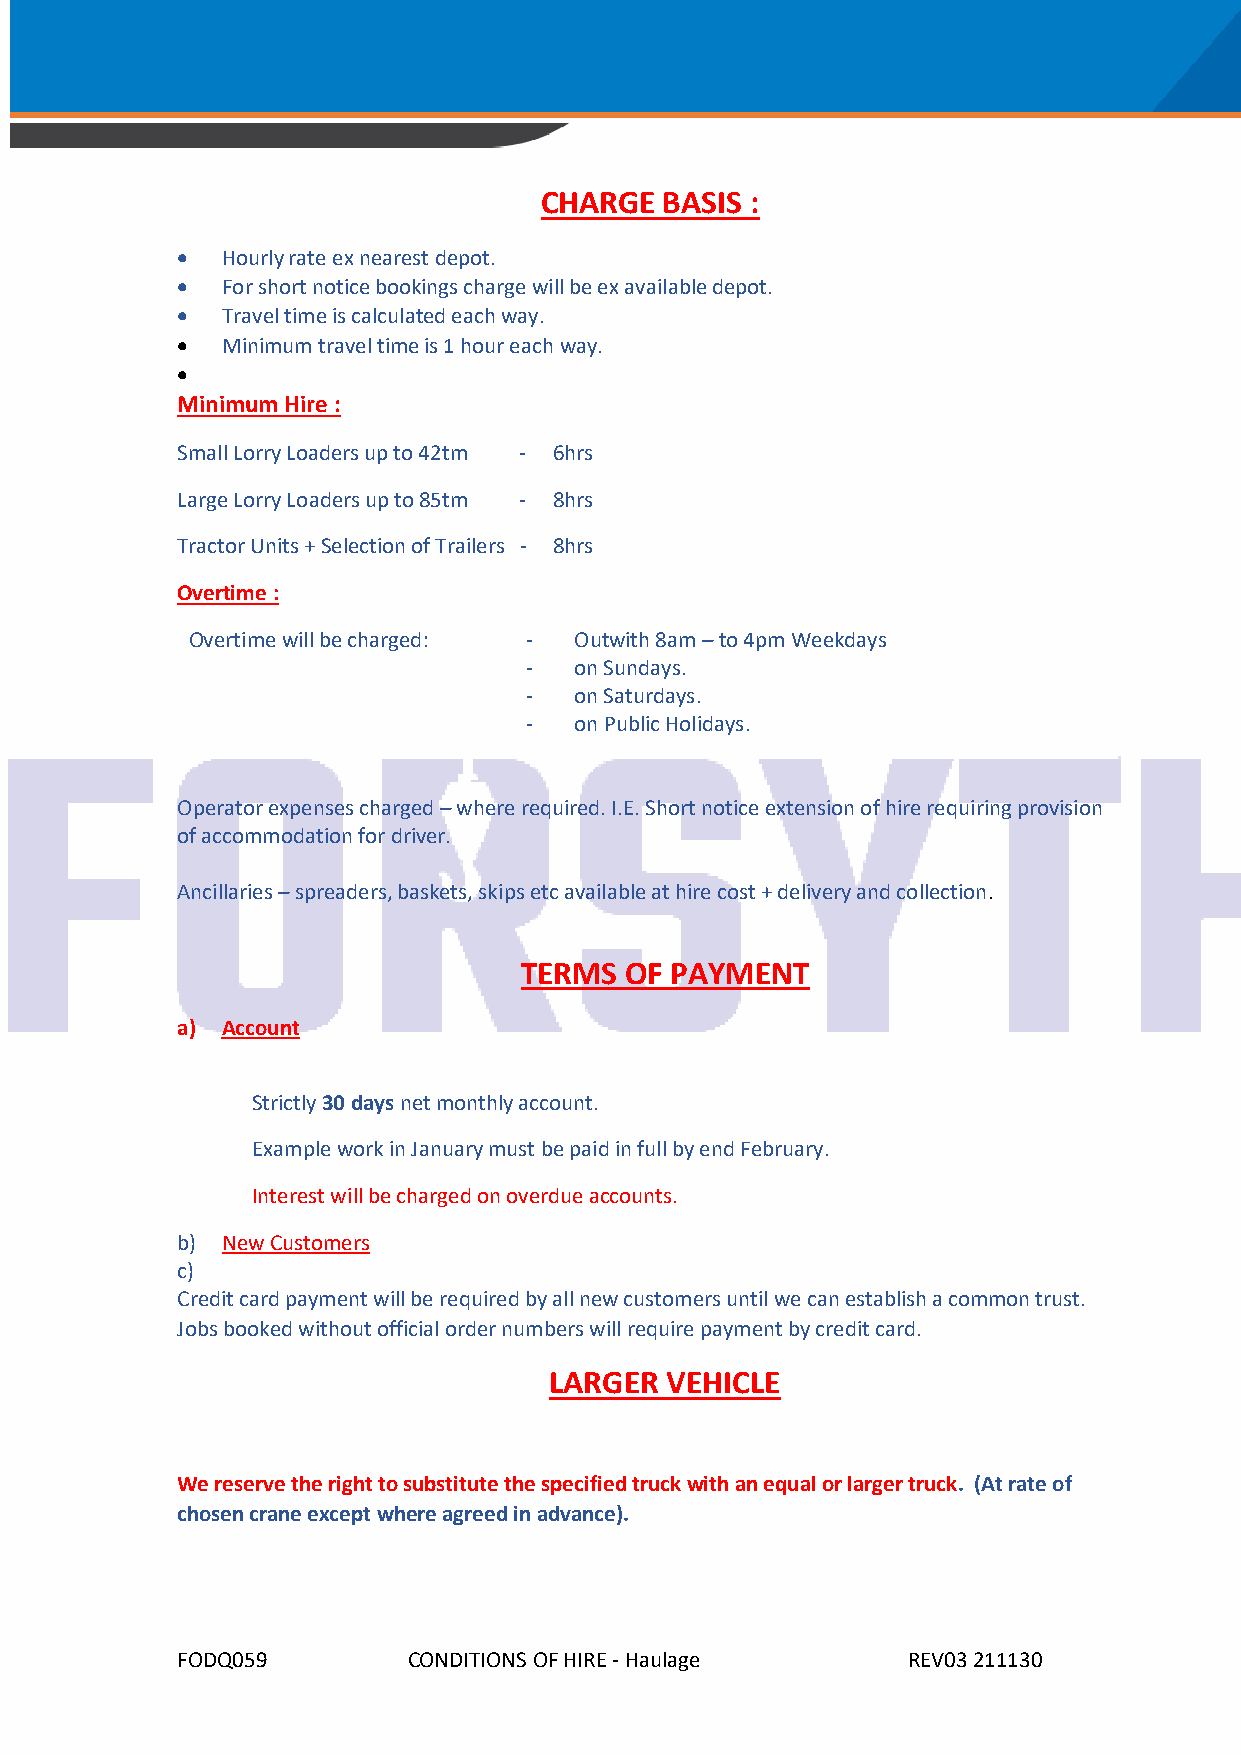
CHARGE  BASIS :
 •  Hourly rate ex nearest depot.
 •  For short notice bookings charge will be ex available depot.
 •  Travel time is calculated each way.
 •  Minimum travel time is 1 hour each way.
 •
 Minimum Hire :
 Small Lorry Loaders up to 42tm - 6hrs
 Large Lorry Loaders up to 85tm - 8hrs
 Tractor Units + Selection of Trailers - 8hrs
 Overtime :
 Overtime will be charged: - Outwith 8am – to 4pm Weekdays
 -  on Sundays.
 -  on Saturdays.
 -  on Public Holidays.
 Operator expenses charged – where required. I.E. Short notice extension of hire requiring provision
 of accommodation for driver.
 Ancillaries – spreaders, baskets, skips etc available at hire cost + delivery and collection.
 TERMS  OF PAYMENT
 a) Account
 Strictly 30 days net monthly account.
 Example work in January must be paid in full by end February.
 Interest will be charged on overdue accounts.
 b) New Customers
 c)
 Credit card payment will be required by all new customers until we can establish a common trust.
 Jobs booked without official order numbers will require payment by credit card.
 LARGER  VEHICLE
 We reserve the right to substitute the specified truck with an equal or larger truck. (At rate of
 chosen crane except where agreed in advance).
 FODQ059        CONDITIONS OF HIRE - Haulage     REV03 211130